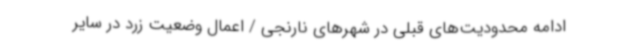
ادامه محدودیت‌های قبلی در شهرهای نارنجی / اعمال وضعیت زرد در سایر